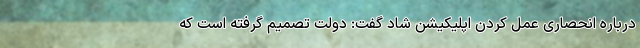
درباره انحصاری عمل کردن اپلیکیشن شاد گفت: دولت تصمیم گرفته است که